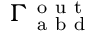
\Gamma _ { \mathrm { ~ a ~ b ~ d ~ } } ^ { \mathrm { ~ o ~ u ~ t ~ } }